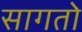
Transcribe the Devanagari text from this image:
सागतो